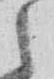
之